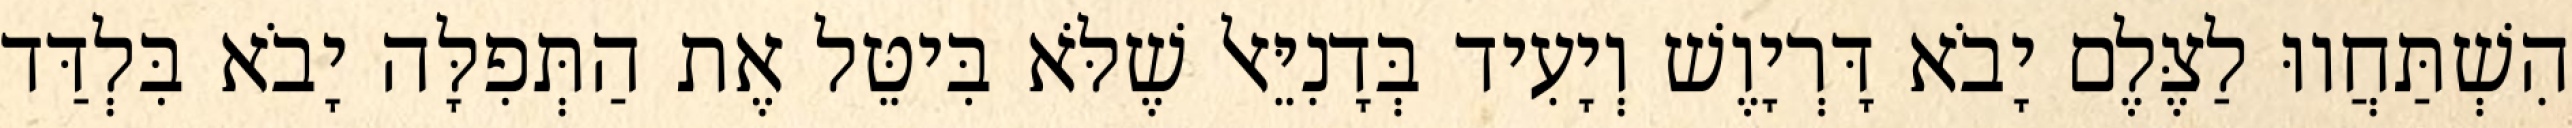
הִשְׁתַּחֲווּ לַצֶּלֶם יָבֹא דָּרְיָוֶשׁ וְיָעִיד בְּדָנִיֵּאל שֶׁלֹּא בִּיטֵּל אֶת הַתְּפִלָּה יָבֹא בִּלְדַּד